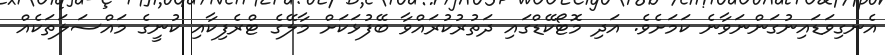
އެނގިވަޑައިނުގަންނަވާނެ ކަމަށެވެ. އަދި މޮޓޯކޭޑްގައި ދަތުރުކުރައްވާ ބޭފުޅަކަށް މާލޭގެ ޓްރެފިކާއި ކުނީގެ މައްސަލަތަކެއް